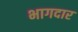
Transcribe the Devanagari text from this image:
भागदार